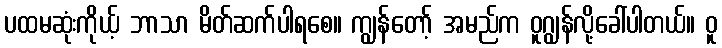
ပထမဆုံးကိုယ့် ဘာသာ မိတ်ဆက်ပါရစေ။ ကျွန်တော့် အမည်က ဝူဂျွန်လို့ခေါ်ပါတယ်။ ဝူ